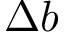
\Delta b